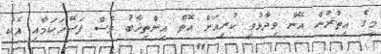
މީގެ އިތުރުން އޭނާ ވިދާޅުވީ ކުރިއަށް އޮތް އިންތިޚާބު ވެސް ފަސޭހަކަމާއި އެކު